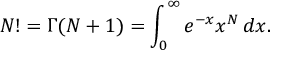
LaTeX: N ! = \Gamma ( N + 1 ) = \int _ { 0 } ^ { \infty } e ^ { - x } x ^ { N } \, d x .